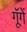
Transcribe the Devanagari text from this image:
गूॅगें